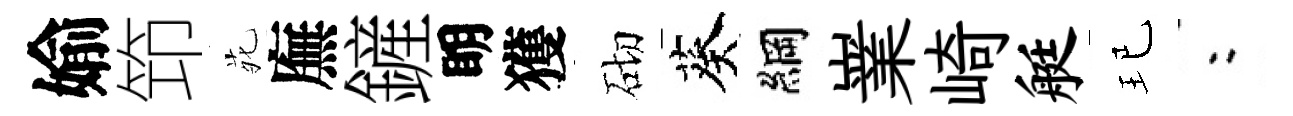
媮笻𫟍廡鏟眀獲砌葵綱嶪崎艇玘欸